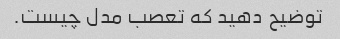
توضیح دهید که تعصب مدل چیست.